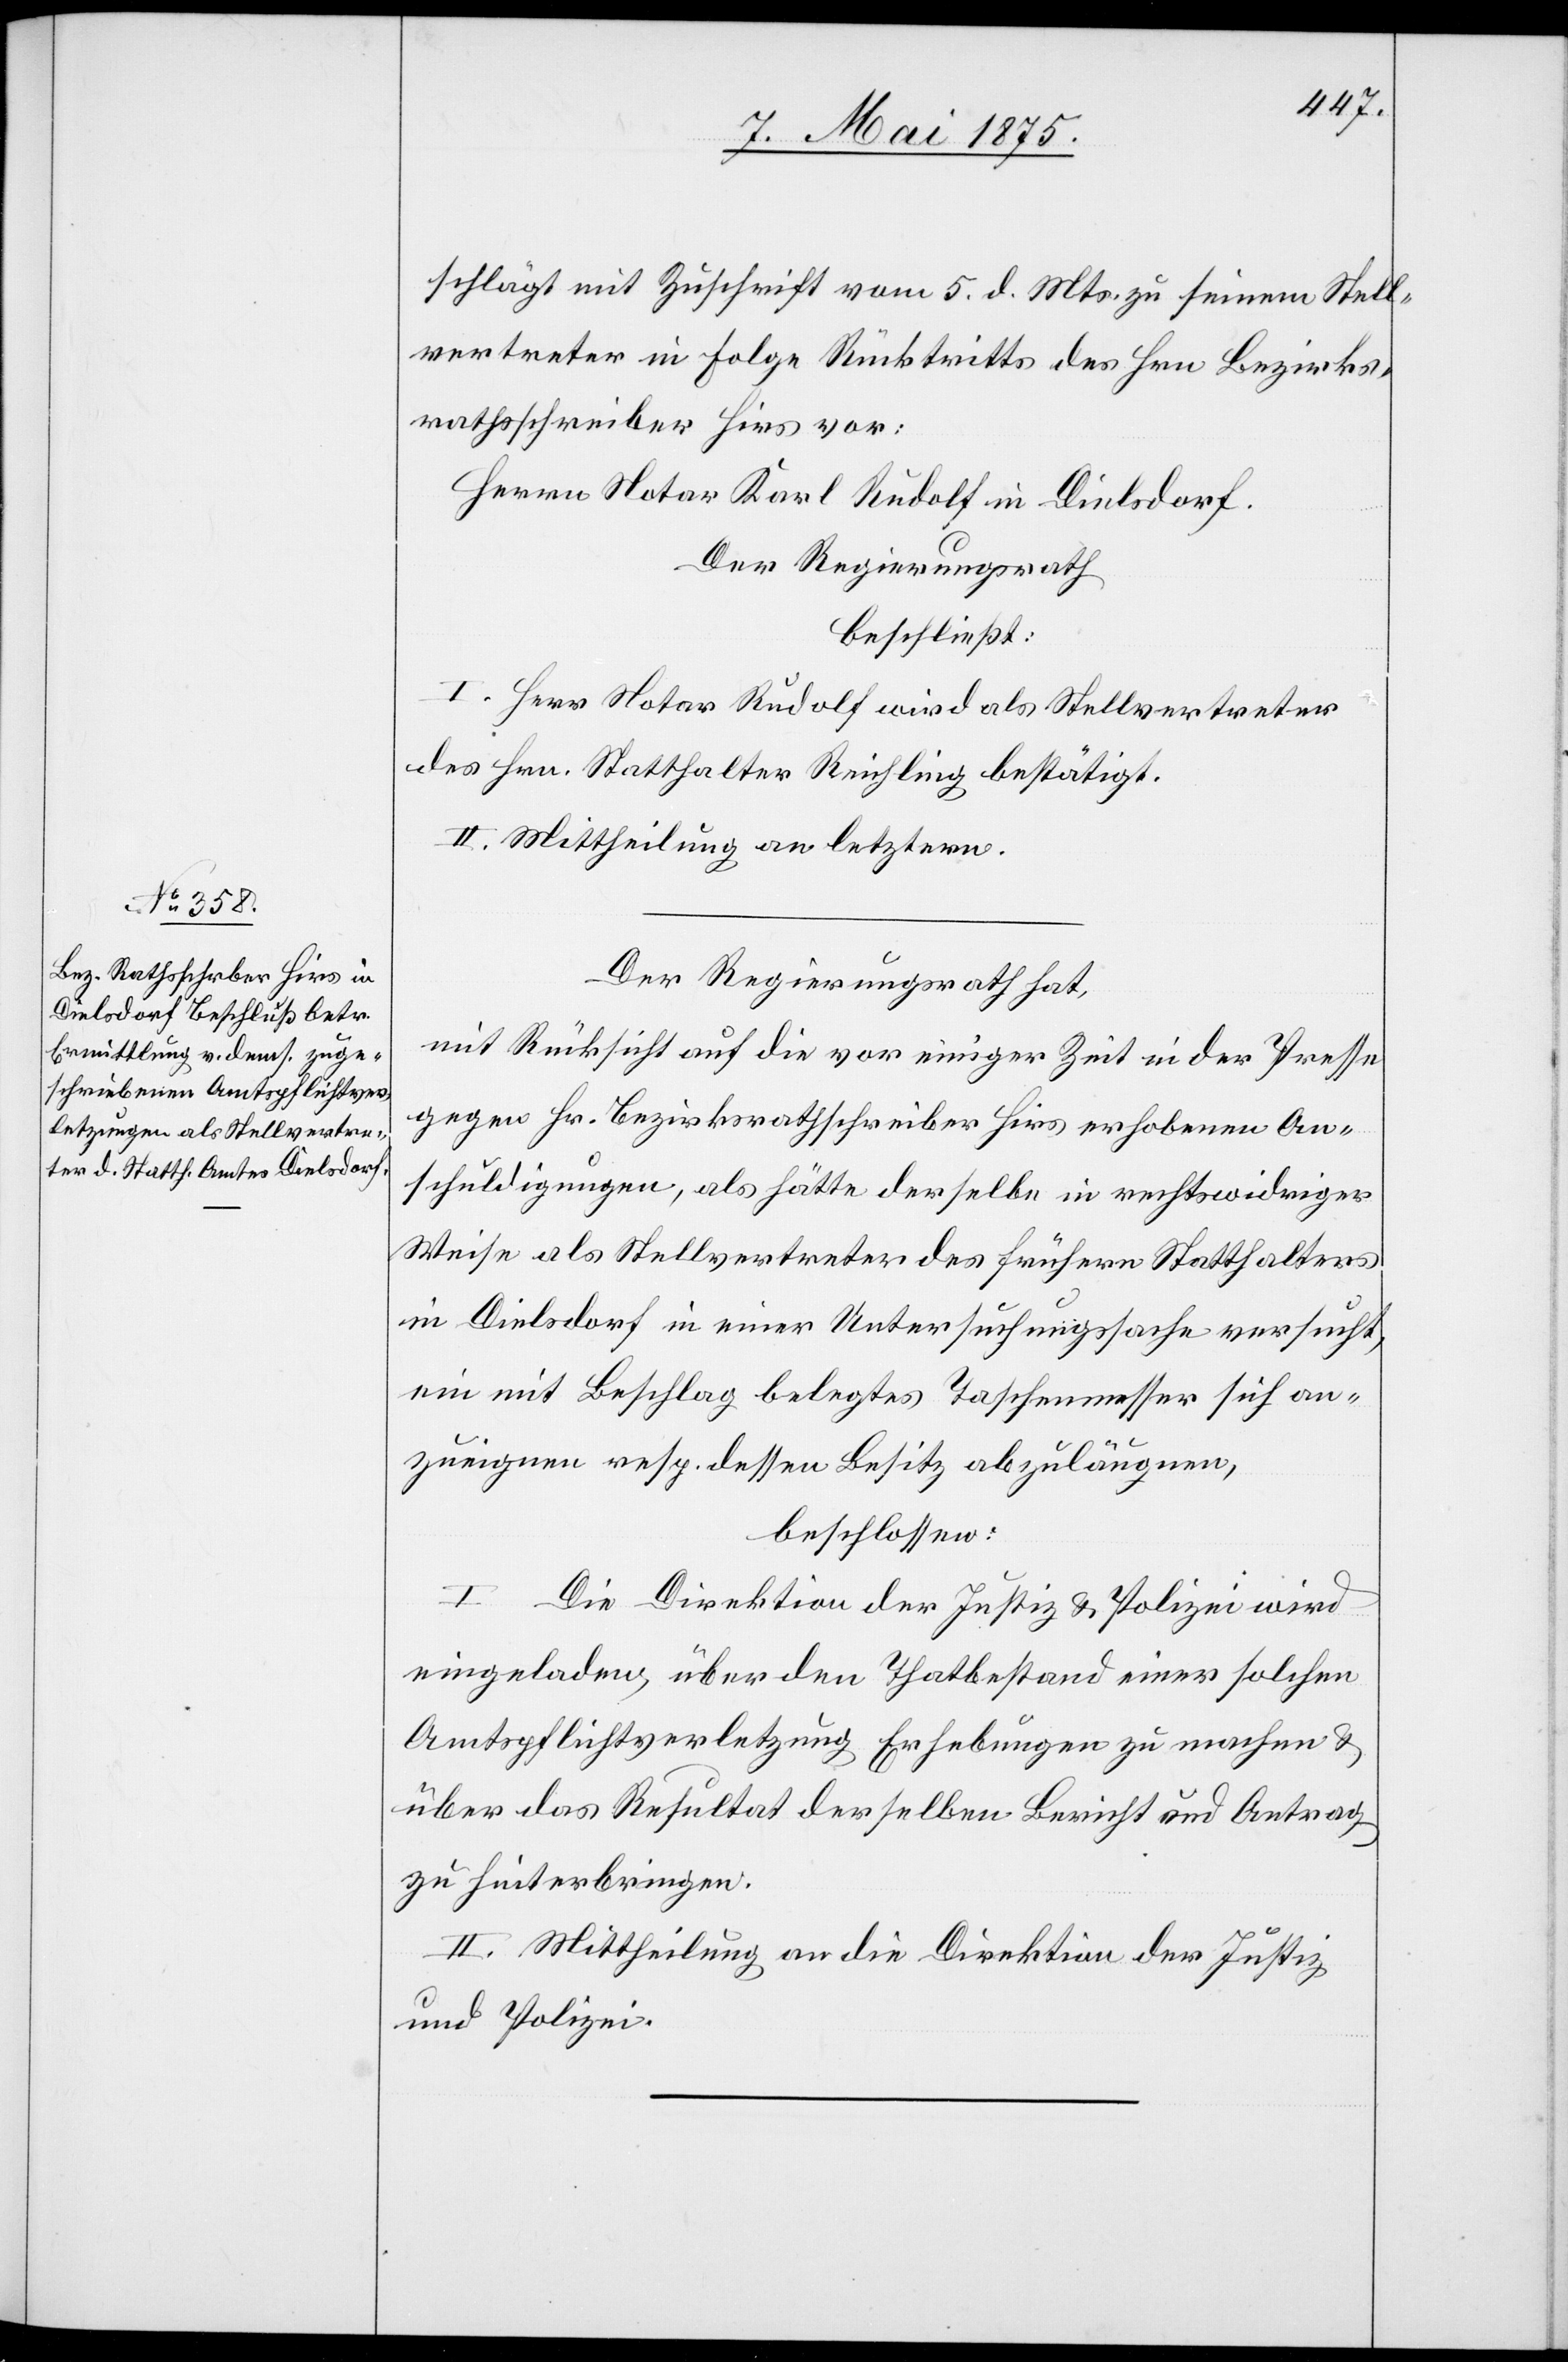
schlägt mit Zuschrift vom 5. d. Mts. zu seinem Stell¬
vertreter in Folge Rücktritts des Hrn. Bezirks¬
rathsschreiber Hirs vor:
Herr Notar Karl Rudolf in Dielsdorf.
Der Regierungsrath
beschließt:
I. Herr Notar Rudolf wird als Stellvertreter
des Hrn. Statthalter Reichling bestätigt.
II. Mittheilung an letztern.
Der Regierungsrath hat,
mit Rücksicht auf die vor einiger Zeit in der Presse
gegen Hr. Bezirksrathschreiber Hirs erhobenen An¬
schuldigungen, als hätte derselbe in rechtswidriger
Weise als Stellvertreter des frühern Statthalters
in Dielsdorf in einer Untersuchungssache versucht,
ein mit Beschlag belegtes Taschenmesser sich an¬
zueignen resp. dessen Besitz abzuläugnen,
beschossen:
I. Die Direktion der Justiz & Polizei wird
eingeladen, über den Tathbestand einer solchen
Amtspflichtverletzung Erhebungen zu machen&
über das Resultat derselben Bericht und Antrag
zu hinterbringen.
II. Mittheilung an die Direktion der Justiz
und Polizei.